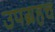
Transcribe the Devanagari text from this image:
उपग्रहच